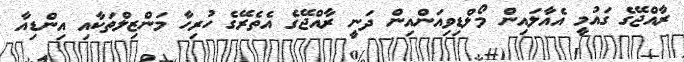
ރާއްޖޭގެ ގައުމީ އެއާލައިން މޯލްޑިވިއަންއިން ދަނީ ރާއްޖޭގެ އެތެރޭގެ ހުރިހާ މަންޒިލްތަކާއި އިންޑިއާ